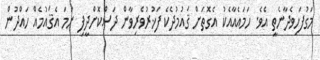
މަގުފަހިވެދާނެތީ އެވެ. ހަމައެއާއެކު އެގޮތަށް ޤައުމުދެކެ ފަޚުރުވެރިވާން ދަސްކޮށްދީފި ނަމަ އެޤައުމެއް ހައްދުން